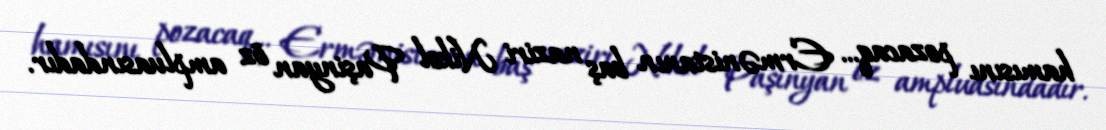
hamısını pozacaq... Ermənistanın baş naziri Nikol Paşinyan öz ampluasındadır.